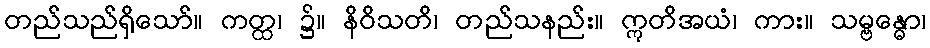
တည်သည်ရှိသော်။ ကတ္ထ၊ ၌။ နိဝိသတိ၊ တည်သနည်း။ ဣတိအယံ၊ ကား။ သမ္ဗန္ဓော၊